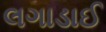
લગાડાઈ